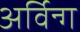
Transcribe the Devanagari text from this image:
अर्विन्ग